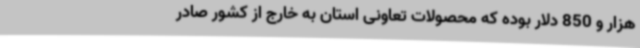
هزار و 850 دلار بوده که محصولات تعاونی استان به خارج از کشور صادر